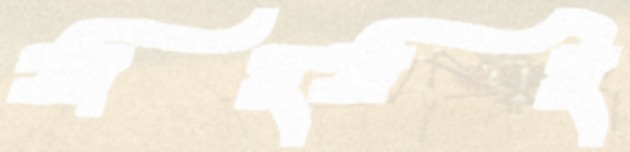
সাহসই